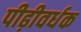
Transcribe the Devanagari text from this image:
पीढ़ीवर्धक